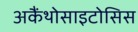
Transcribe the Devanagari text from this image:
अकैंथोसाइटोसिस